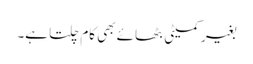
بغیر کمیٹی بٹھائے بھی کام چلتا ہے۔